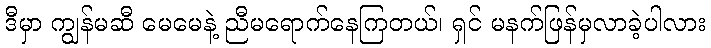
ဒီမှာ ကျွန်မဆီ မေမေနဲ့ ညီမရောက်နေကြတယ်၊ ရှင် မနက်ဖြန်မှလာခဲ့ပါလား